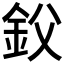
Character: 𰼢